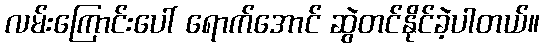
လမ်းကြောင်းပေါ် ရောက်အောင် ဆွဲတင်နိုင်ခဲ့ပါတယ်။